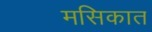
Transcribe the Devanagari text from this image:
मसिकात